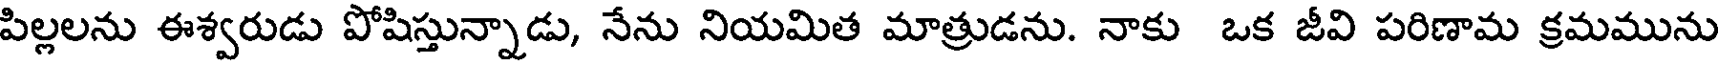
పిల్లలను ఈశ్వరుడు పోషిస్తున్నాడు, నేను నియమిత మాత్రుడను. నాకు ఒక జీవి పరిణామ క్రమమును